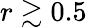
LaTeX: r\gtrsim 0.5